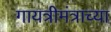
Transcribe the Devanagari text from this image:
गायत्रीमंत्राच्या